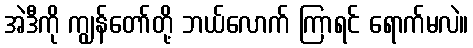
အဲဒီကို ကျွန်တော်တို့ ဘယ်လောက် ကြာရင် ရောက်မလဲ။